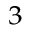
^ { 3 }